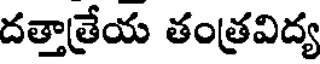
దత్తాత్రేయ తంత్రవిద్య